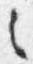
之